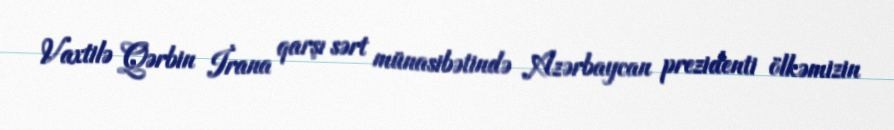
Vaxtilə Qərbin İrana qarşı sərt münasibətində Azərbaycan prezidenti ölkəmizin